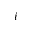
i